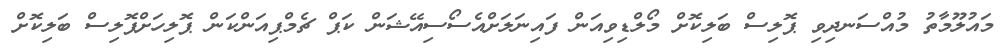
މައުލޫމާތު މުއްސަނދިވި ޕޮލިސް ބަލިކޮށް މޯލްޑިވިއަން ފައިނަލަށްއެސޯސިއޭޝަން ކަޕް ޗެމްޕިއަންކަން ޕޮލިހަށްޕޮލިސް ބަލިކޮށް